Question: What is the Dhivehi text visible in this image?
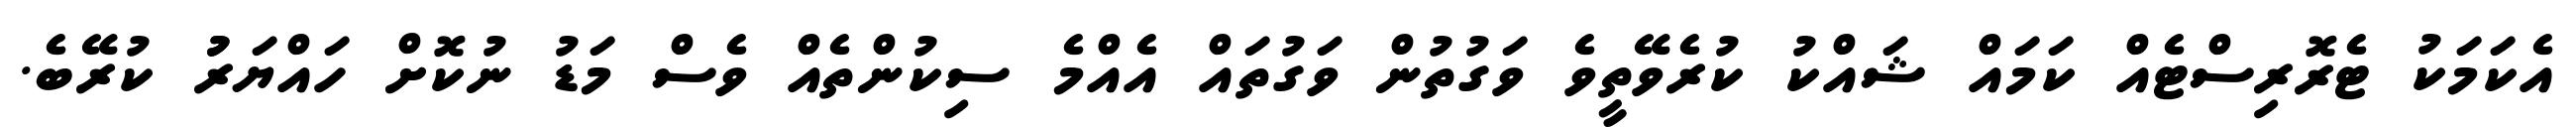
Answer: އެކަމަކު ޓެރޮރިސްޓެއް ކަމައް ޝައްކު ކުރެވޭތީވެ ވަގުތުން ވަގުތައް އެއްމެ ސިކުންތެއް ވެސް މަޑު ނުކޮށް ހައްޔަރުު ކުރޭބެ.